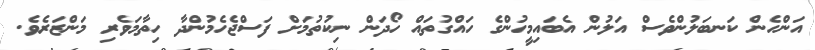
އަންހެން ކަނބަލުންވެސް އަލުން އެބައިމީހުންގެ ހައްގުތައް ހޯދަން ނިކުތުމަށް ފަސްޖެހެމުންދާ ހިތާމަވެރި މަންޒަރެވެ.